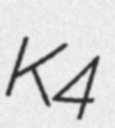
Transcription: K4